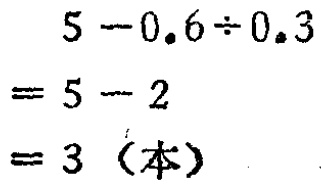
\[
\begin{align*}
&5 - 0.6\div0.3\\
=&5 - 2\\
=&3 \text{（本）}
\end{align*}
\]